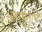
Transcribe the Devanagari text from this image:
म्हाभूताचे